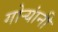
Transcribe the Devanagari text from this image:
गोऱ्यांनी